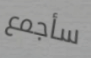
سأجمع